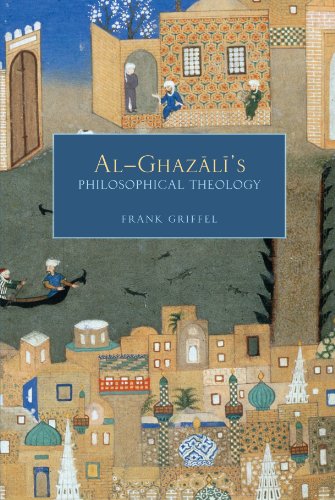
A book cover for Al-Ghazali's Philosophical Theology; Frank Griffel; Religion & Spirituality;